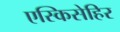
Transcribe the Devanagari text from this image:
एस्किसेहिर